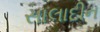
સાલાદીન